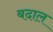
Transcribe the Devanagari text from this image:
बदाल